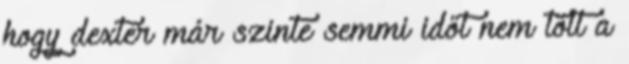
hogy dexter már szinte semmi időt nem tölt a